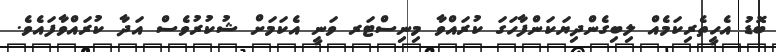
ބޮޑު އެހީތެރިކަމެއް ލިބިގެންދިޔަކަންފާހަގަ ކުރައްވާ މިނިސްޓަރ ވަނީ އެކަމަށް ޝުކުރުވެސް އަދާ ކުރައްވާފައެވެ.